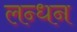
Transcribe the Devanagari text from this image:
लन्धन